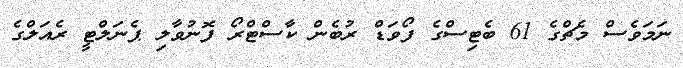
ނަމަވެސް މެޗްގެ 61 ބެޓިސްގެ ފޯވަޑް ރުބެން ކާސްޓްރޯ ފޮނުވާލި ޕެނަލްޓީ ރެއަލްގެ